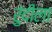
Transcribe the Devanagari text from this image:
रुंदीला